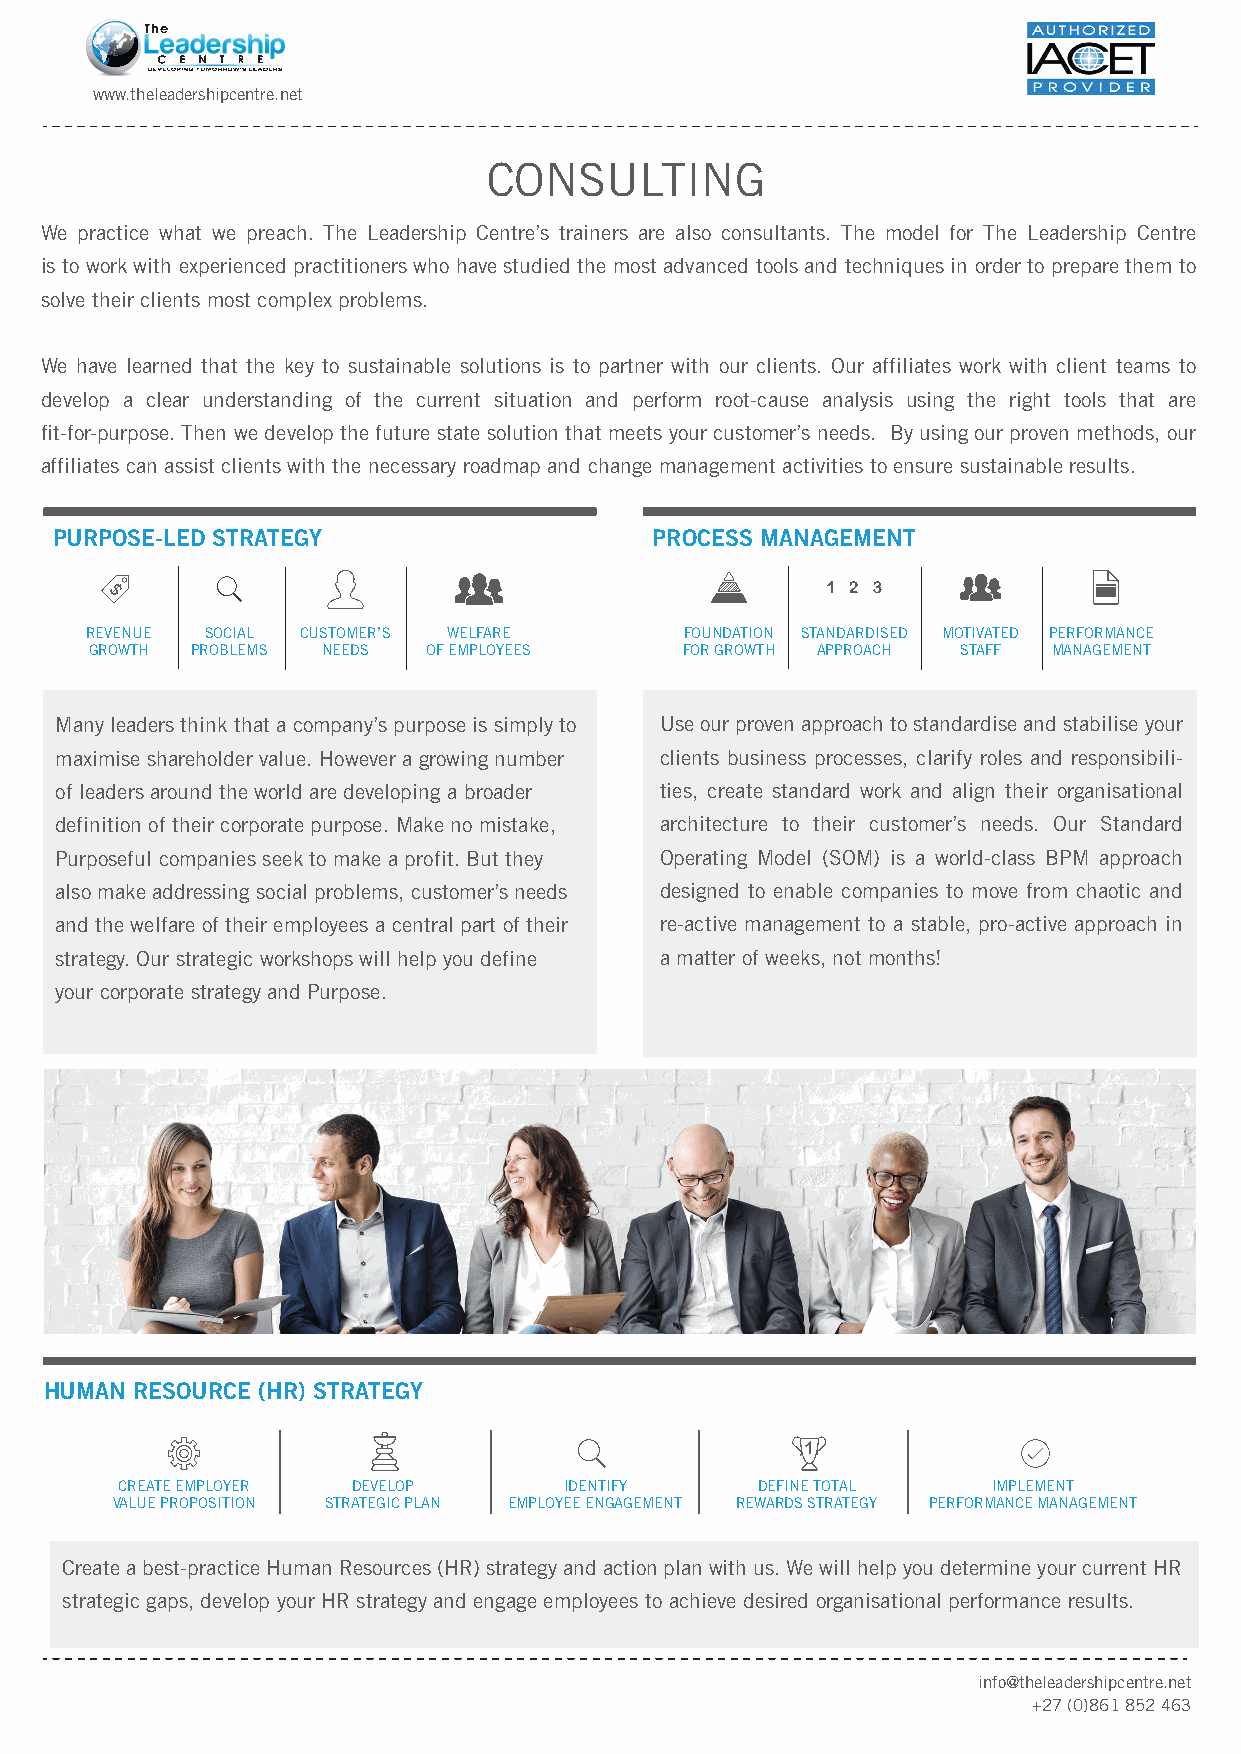
www.theleadershipcentre.net
 CONSULTING
 We practice what we preach. The Leadership Centre’s trainers are also consultants. The model for The Leadership Centre
 is to work with experienced practitioners who have studied the most advanced tools and techniques in order to prepare them to
 solve their clients most complex problems.
 We have learned that the key to sustainable solutions is to partner with our clients. Our affiliates work with client teams to
 develop a clear understanding of the current situation and perform root-cause analysis using the right tools that are
 fit-for-purpose. Then we develop the future state solution that meets your customer’s needs. By using our proven methods, our
 affiliates can assist clients with the necessary roadmap and change management activities to ensure sustainable results.
 PURPOSE-LED STRATEGY                    PROCESS MANAGEMENT
 REVENUE SOCIAL CUSTOMER’S WELFARE      FOUNDATION STANDARDISED MOTIVATED PERFORMANCE
 GROWTH PROBLEMS NEEDS OF EMPLOYEES     FOR GROWTH APPROACH STAFF MANAGEMENT
 Many leaders think that a company’s purpose is simply to Use our proven approach to standardise and stabilise your
 maximise shareholder value. However a growing number clients business processes, clarify roles and responsibili-
 of leaders around the world are developing a broader ties, create standard work and align their organisational
 definition of their corporate purpose. Make no mistake, architecture to their customer’s needs. Our Standard
 Purposeful companies seek to make a profit. But they Operating Model (SOM) is a world-class BPM approach
 also make addressing social problems, customer’s needs designed to enable companies to move from chaotic and
 and the welfare of their employees a central part of their re-active management to a stable, pro-active approach in
 strategy. Our strategic workshops will help you define a matter of weeks, not months!
 your corporate strategy and Purpose.
 HUMAN RESOURCE (HR) STRATEGY
 CREATE EMPLOYER DEVELOP      IDENTIFY     DEFINE TOTAL    IMPLEMENT
 VALUE PROPOSITION STRATEGIC PLAN EMPLOYEE ENGAGEMENT REWARDS STRATEGY PERFORMANCE MANAGEMENT
 Create a best-practice Human Resources (HR) strategy and action plan with us. We will help you determine your current HR
 strategic gaps, develop your HR strategy and engage employees to achieve desired organisational performance results.
 info@theleadershipcentre.net
 +27 (0)861 852 463